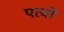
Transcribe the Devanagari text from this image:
पत्वों